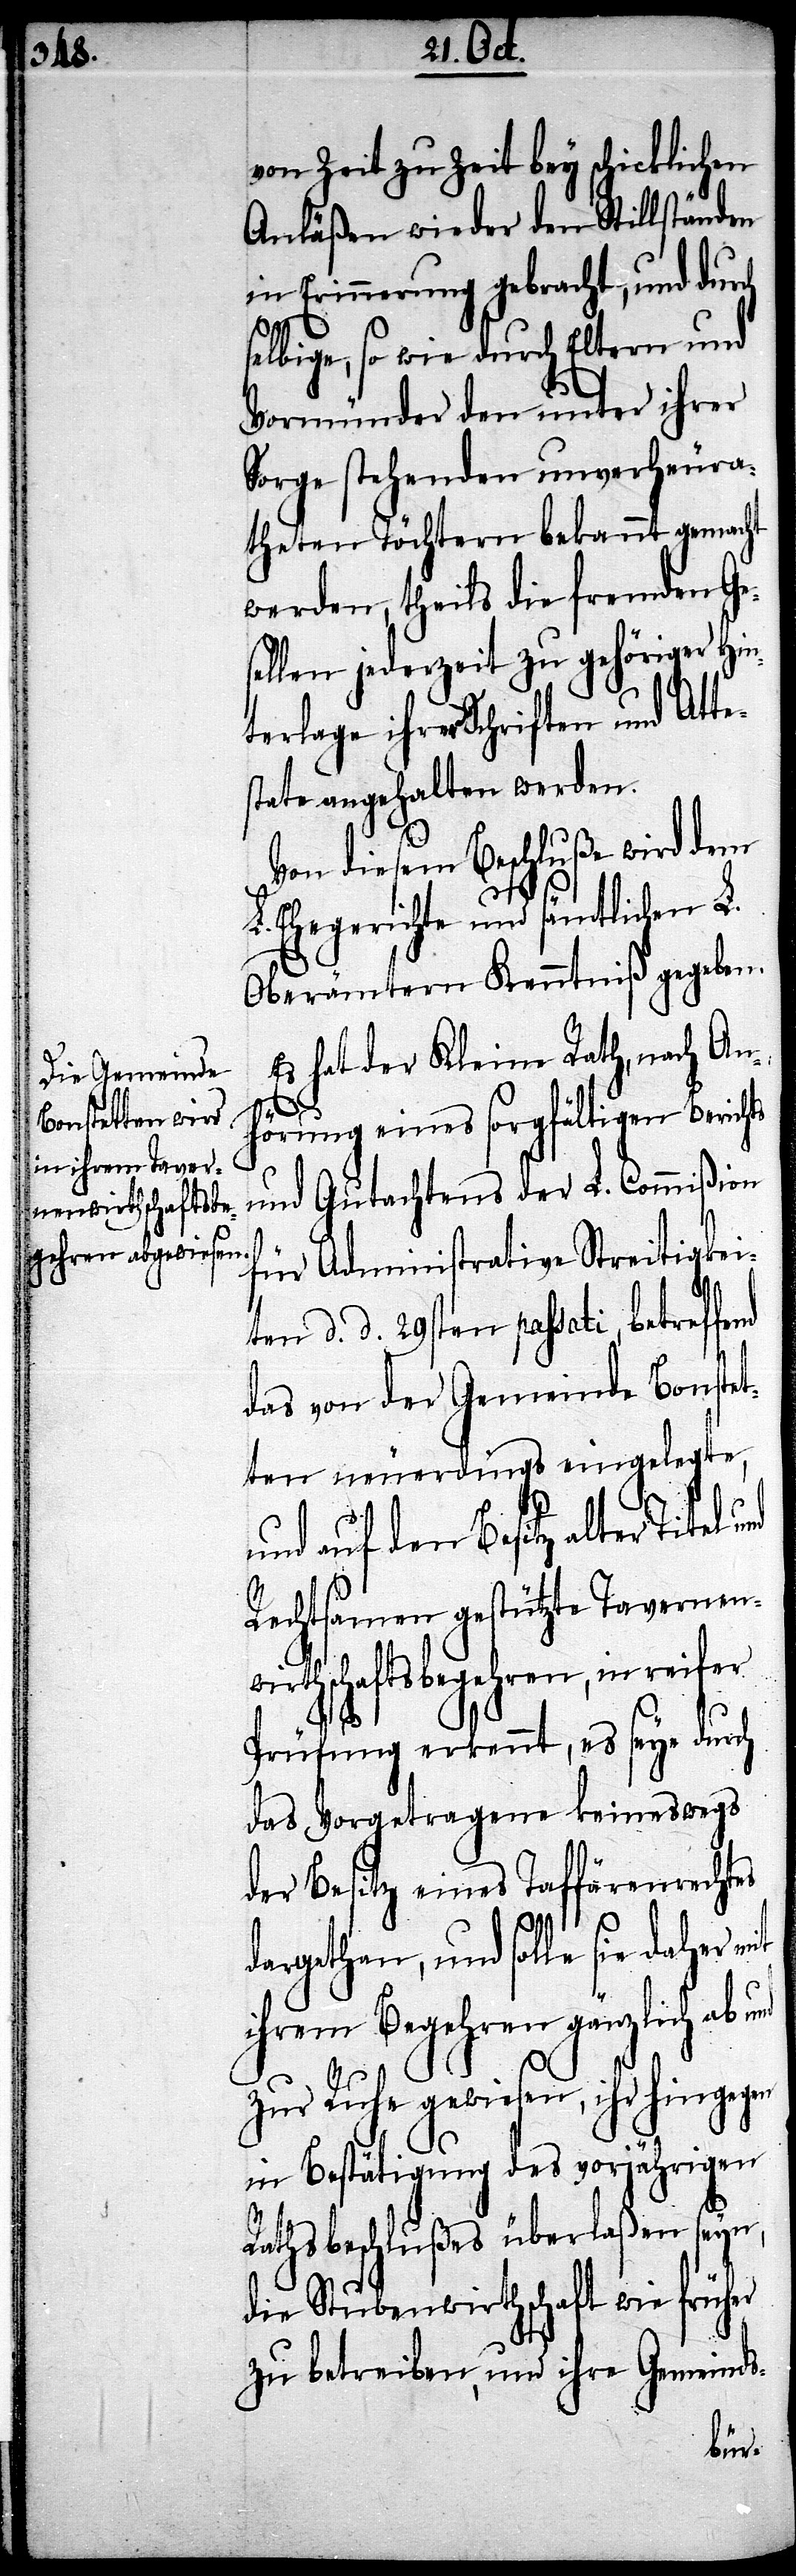
von Zeit zu Zeit bey schicklichen
Anläßen wieder den Stillständen
in Erinnerung gebracht, und du¬
selbige, so wie durch Eltern und
Vormünder den unter ihrer
Sorge stehenden unverheura¬
theten Töchtern bekannt gemacht
werden, theils die fremden Ge¬
sellen jederzeit zu gehöriger Hin¬
terlage ihrer Schriften und Atte¬
state angehalten werden.
Von diesem Beschluße wird dem
L. Ehegerichte und sämtlichen L.
Oberämtern Kenntniß gegeben.
Es hat der Kleine Rath, nach An¬
hörung eines sorgfältigen Berichts
und Gutachtens der L. Commißion
für Administrative Streitigkei¬
ten d. d. 29sten passati, betref¬
das von der Gemeinde Bonstet¬
ten neuerdings eingelegte,
und auf den Besitz alter Titel
Rechtsamen gestützte Tavernenw¬
irthschaftsbegehren, in reifer
Prüfung erkennt, es seye durch
das Vorgetragene keineswegs
der Besitz eines Taffärenrechtes
dargethan, und solle sie daher
ihrem Begehren gänzlich ab
zur Ruhe gewiesen, ihr hingegen
in Bestätigung des vorjährigen
Rathsbeschlußes überlaßen seyn,
die Stubenwirthschaft wie früher
zu betreiben, und ihre Gemeinds-
fend